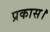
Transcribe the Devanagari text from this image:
प्रकास।